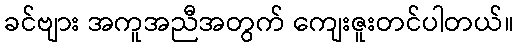
ခင်ဗျား အကူအညီအတွက် ကျေးဇူးတင်ပါတယ်။